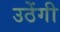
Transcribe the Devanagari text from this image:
उठेंगी